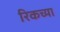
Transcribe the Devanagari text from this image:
रिकच्या